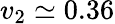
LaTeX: v_{2}\simeq 0.36